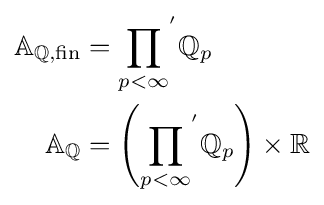
{\begin{aligned}\mathbb {A} _{\mathbb {Q} ,{\text{fin}}}&={\prod _{p<\infty }}^{'}\mathbb {Q} _{p}\\\mathbb {A} _{\mathbb {Q} }&=\left({\prod _{p<\infty }}^{'}\mathbb {Q} _{p}\right)\times \mathbb {R} \end{aligned}}